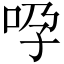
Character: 𠱆